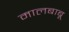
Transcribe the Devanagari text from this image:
मालबाबू